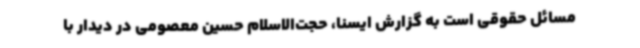
مسائل حقوقی است به گزارش ایسنا، حجت‌الاسلام حسین معصومی در دیدار با